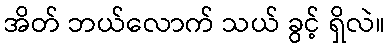
အိတ် ဘယ်လောက် သယ် ခွင့် ရှိလဲ။